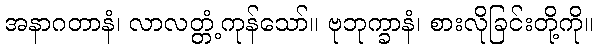
အနာဂတာနံ၊ လာလတ္တံ့ကုန်သော်။ ဗုဘုက္ခာနံ၊ စားလိုခြင်းတို့ကို။